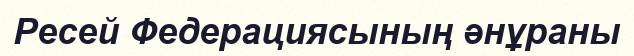
Ресей Федерациясының әнұраны